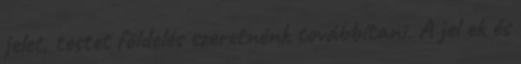
jelet, testet földelés szeretnénk továbbítani. A jel ek és